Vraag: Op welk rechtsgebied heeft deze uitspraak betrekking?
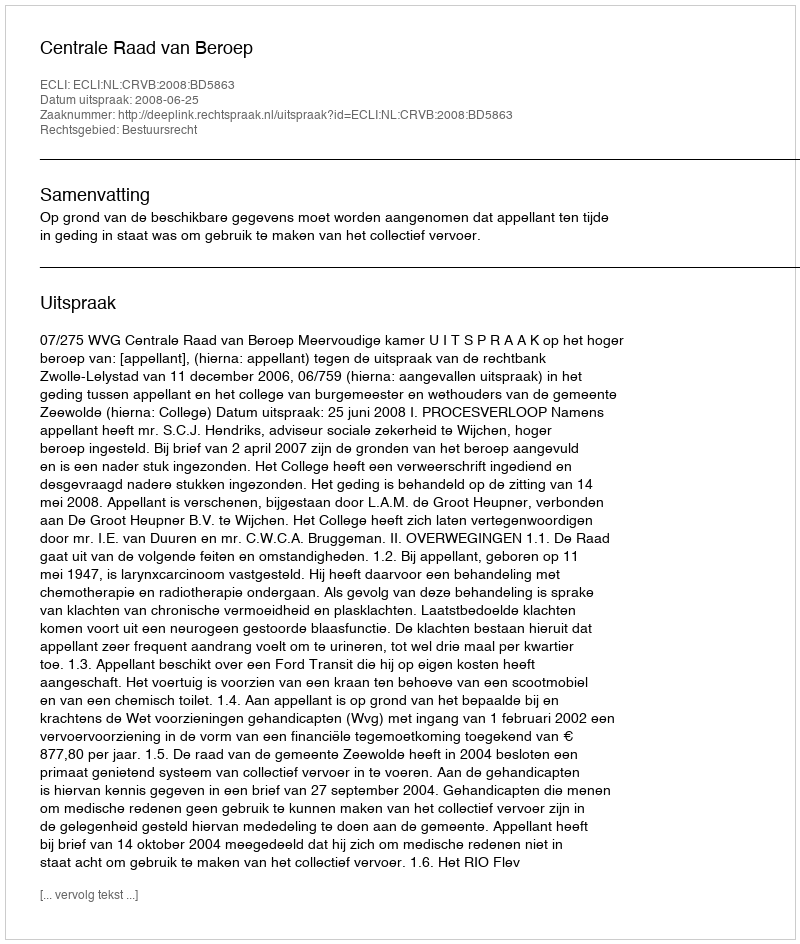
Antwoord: Bestuursrecht